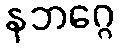
နဘဂ္ဂေ